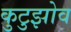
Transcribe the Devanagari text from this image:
कुटुझोव